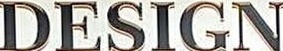
DESIGN